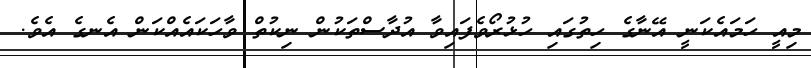
މިއީ ހަމައެކަނީ އޭނާގެ ހިތުގައި ހުޅުރޯވެފައިވާ އުދާސްތަކުން ނިކުތް ވާހަކައެއްކަން އެނގެ އެވެ.